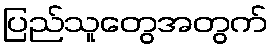
ပြည်သူတွေအတွက်